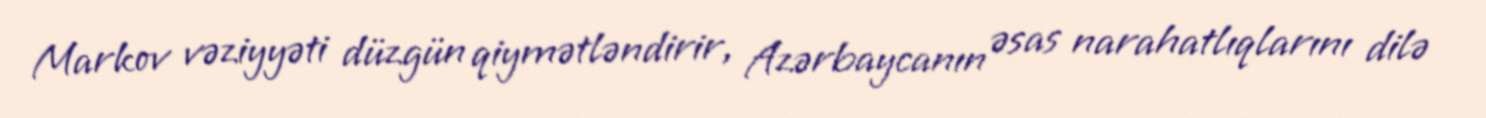
Markov vəziyyəti düzgün qiymətləndirir, Azərbaycanın əsas narahatlıqlarını dilə